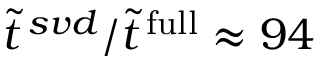
\tilde { t } ^ { \, s v d } / \tilde { t } ^ { \mathrm { \, f u l l } } \approx 9 4